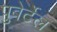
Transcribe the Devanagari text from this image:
पुबेर्टेल